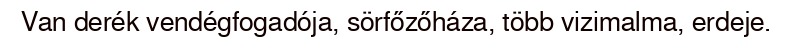
Van derék vendégfogadója, sörfőzőháza, több vizimalma, erdeje.